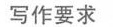
写作要求